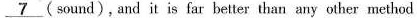
\underline{7} (sound), and it is far better than any other method